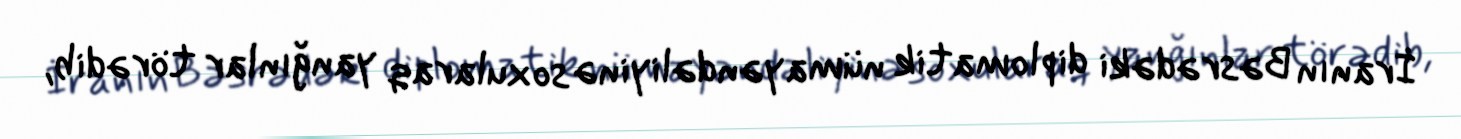
İranın Bəsrədəki diplomatik nümayəndəliyinə soxularaq yanğınlar törədib,